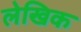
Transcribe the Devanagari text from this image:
लेखिक